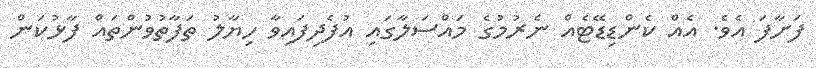
ފަށާފަ އެވެ. އެއް ކެންޑިޑޭޓެއް ނެރުމުގެ މައްސަލާގައި އުފެދިފައިވާ ހިޔާލު ތަފާތުވުންތައް ފާޅުކަން